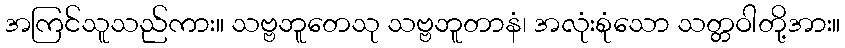
အကြင်သူသည်ကား။ သဗ္ဗဘူတေသု သဗ္ဗဘူတာနံ၊ အလုံးစုံသော သတ္တဝါတို့အား။